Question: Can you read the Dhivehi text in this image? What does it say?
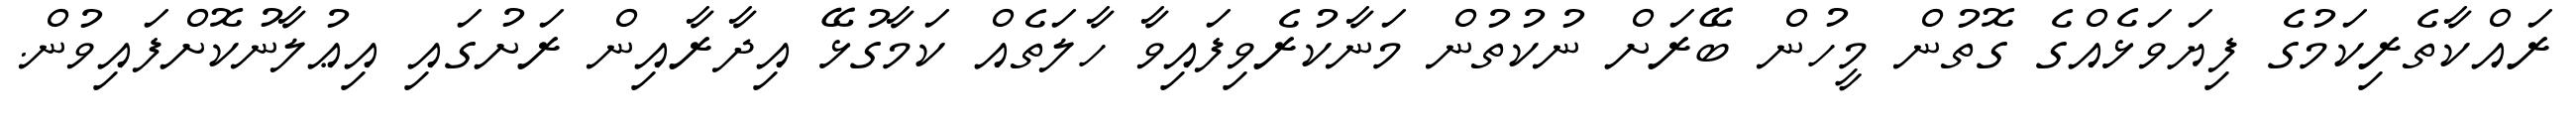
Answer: ރައްކާތެރިކަމުގެ ފިޔަވަޅެއްގެ ގޮތުން މީހުން ބޭރަށް ނުކުތުން މަނާކުރެވިފައިވާ ހާލަތެއް ކަމާގުޅޭ އިދާރާއިން ރަށުގައި އިޢުލާނުކޮށްފައިވުން.